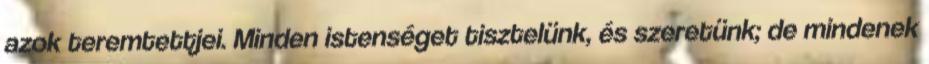
azok teremtettjei. Minden istenséget tisztelünk, és szeretünk; de mindenek